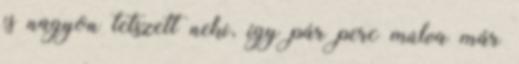
is nagyon tetszett neki, így pár perc múlva már